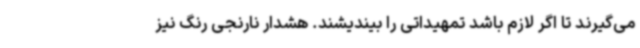
می‌گیرند تا اگر لازم باشد تمهیداتی را بیندیشند. هشدار نارنجی رنگ نیز